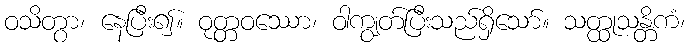
ဝသိတွာ၊ နေပြီး၍။ ဝုတ္တဝဿော၊ ဝါကျွတ်ပြီးသည်ရှိသော်။ သတ္ထုသန္တိကံ၊